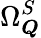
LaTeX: \Omega_{\boldsymbol{Q}}^{S}